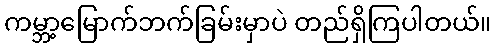
ကမ္ဘာ့မြောက်ဘက်ခြမ်းမှာပဲ တည်ရှိကြပါတယ်။